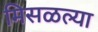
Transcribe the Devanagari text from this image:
मिसळल्या